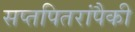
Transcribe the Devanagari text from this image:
सप्तपितरांपैकी